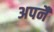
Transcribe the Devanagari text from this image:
अपनै